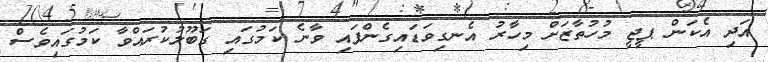
އަދި އެކަން ޕީޖީ މުހުތާޒަށް މިހާރު އެނގިވަޑައިގެންފައި ވާނެ ކަމުގައި ގަބޫލުކުރައްވާ ކަމުގައިވެސް